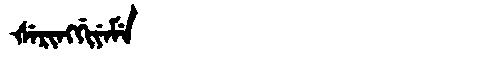
Manchu: ᡧᡝᡵᡳᠩᡤᡳᠶᡝᠮᡝ
Romanization: ŠERINGGIYEME